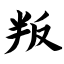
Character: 叛